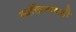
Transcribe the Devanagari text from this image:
व्यक्तिमत्त्वही